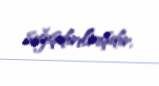
sığışdırılmışdır.